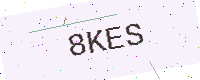
Text: 8KES